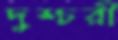
দুশ্চরী